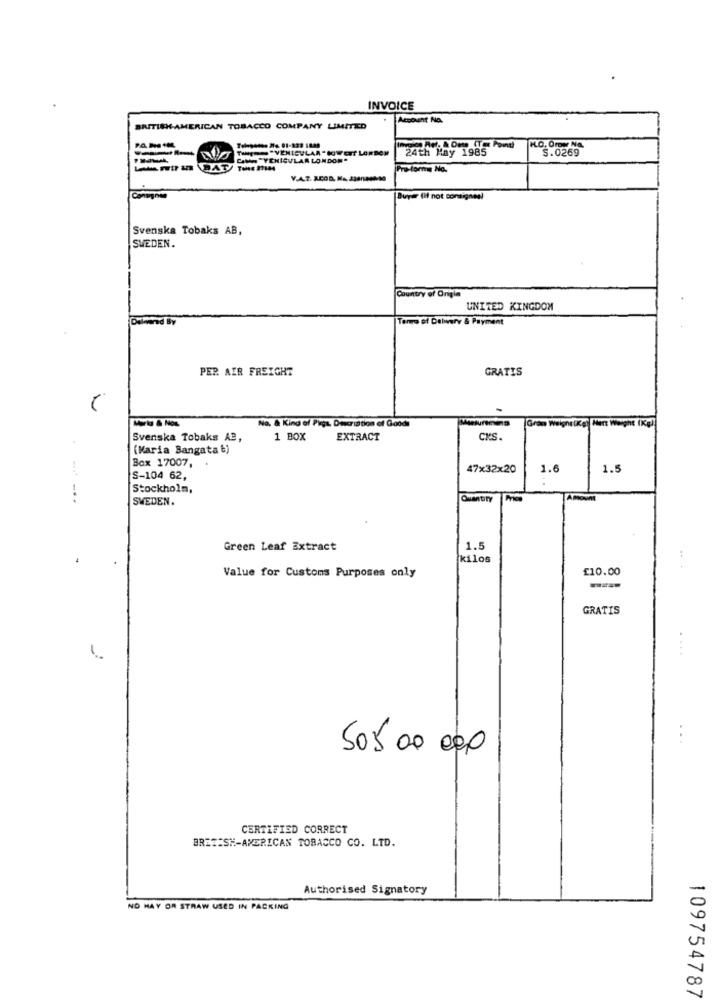
INVOICE
Account No.
BRITISHAMERICAN TOBACCO COMPANY LIMITED
THE == "VEHICULAR " SOWEIT LORBOM
24th May 1985
S.0269
CAMA "YENICULAR LONDON"
Lent a BAT/
Pro tomme No.
Conugnen
Buyer (if not consignes!
Svenska Tobaks AB,
SWEDEN.
Country of Origin
UNITED KINGDOM
Tenro of Delivery & Payment
PER AIR FREIGHT
GRATIS
No. & Kind of Pigs. Description of Goods
Grom Weight(Kg) Her Weight (Kg)
Svenska Tobaks AB,
1 BOX
EXTRACT
CYS.
(Maria Bangata ₺)
Box 17007,
47×32×20
1.6
1.5
S-104 62,
Stockholm,
..
SWEDEN.
Green Leaf Extract
1.5
kilos
£10.00
Value for Customs Purposes only
GRATIS
....
505 00 00,0
CERTIFIED CORRECT
BRITISH-AMERICAN TOBACCO CO. LTD.
Authorised Signatory
NO HAY OR STRAW USED IN PACKING
109754787